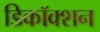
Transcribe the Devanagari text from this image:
डिकॉक्शन